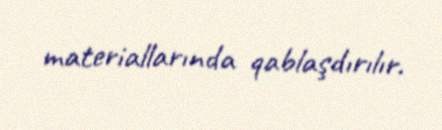
materiallarında qablaşdırılır.